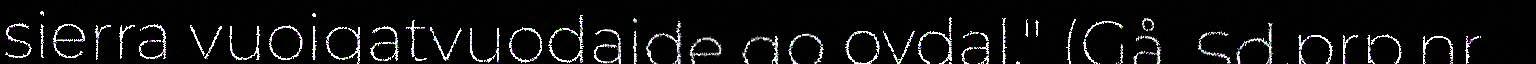
sierra vuoigatvuodaide go ovdal." (Gå. Sd.prp.nr.